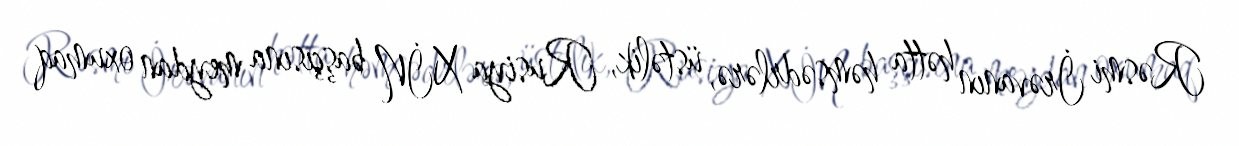
Rəsmi İrəvanın hətta həmsədrlərə, üstəlik, Rusiya XİN başçısına meydan oxumaq